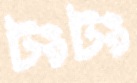
টংটং